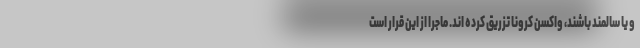
و یا سالمند باشند، واکسن کرونا تزریق کرده اند. ماجرا از این قرار است